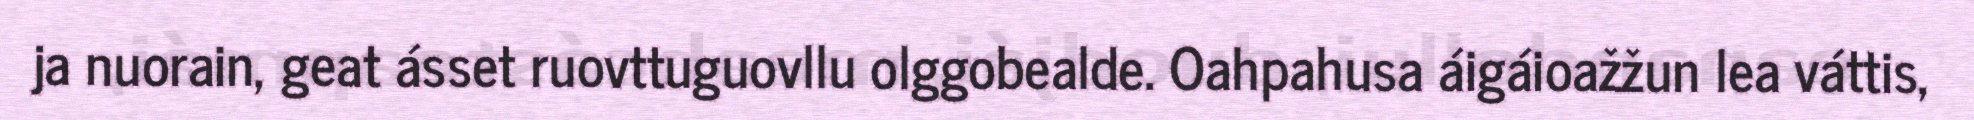
ja nuorain, geat ásset ruovttuguovllu olggobealde. Oahpahusa áigáioažžun lea váttis,